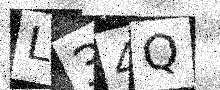
Text: L34Q